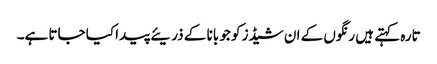
تارہ کہتے ہیں رنگوں کے ان شیڈز کو جو بانا کے ذریئے پیدا کیا جاتا ہے۔